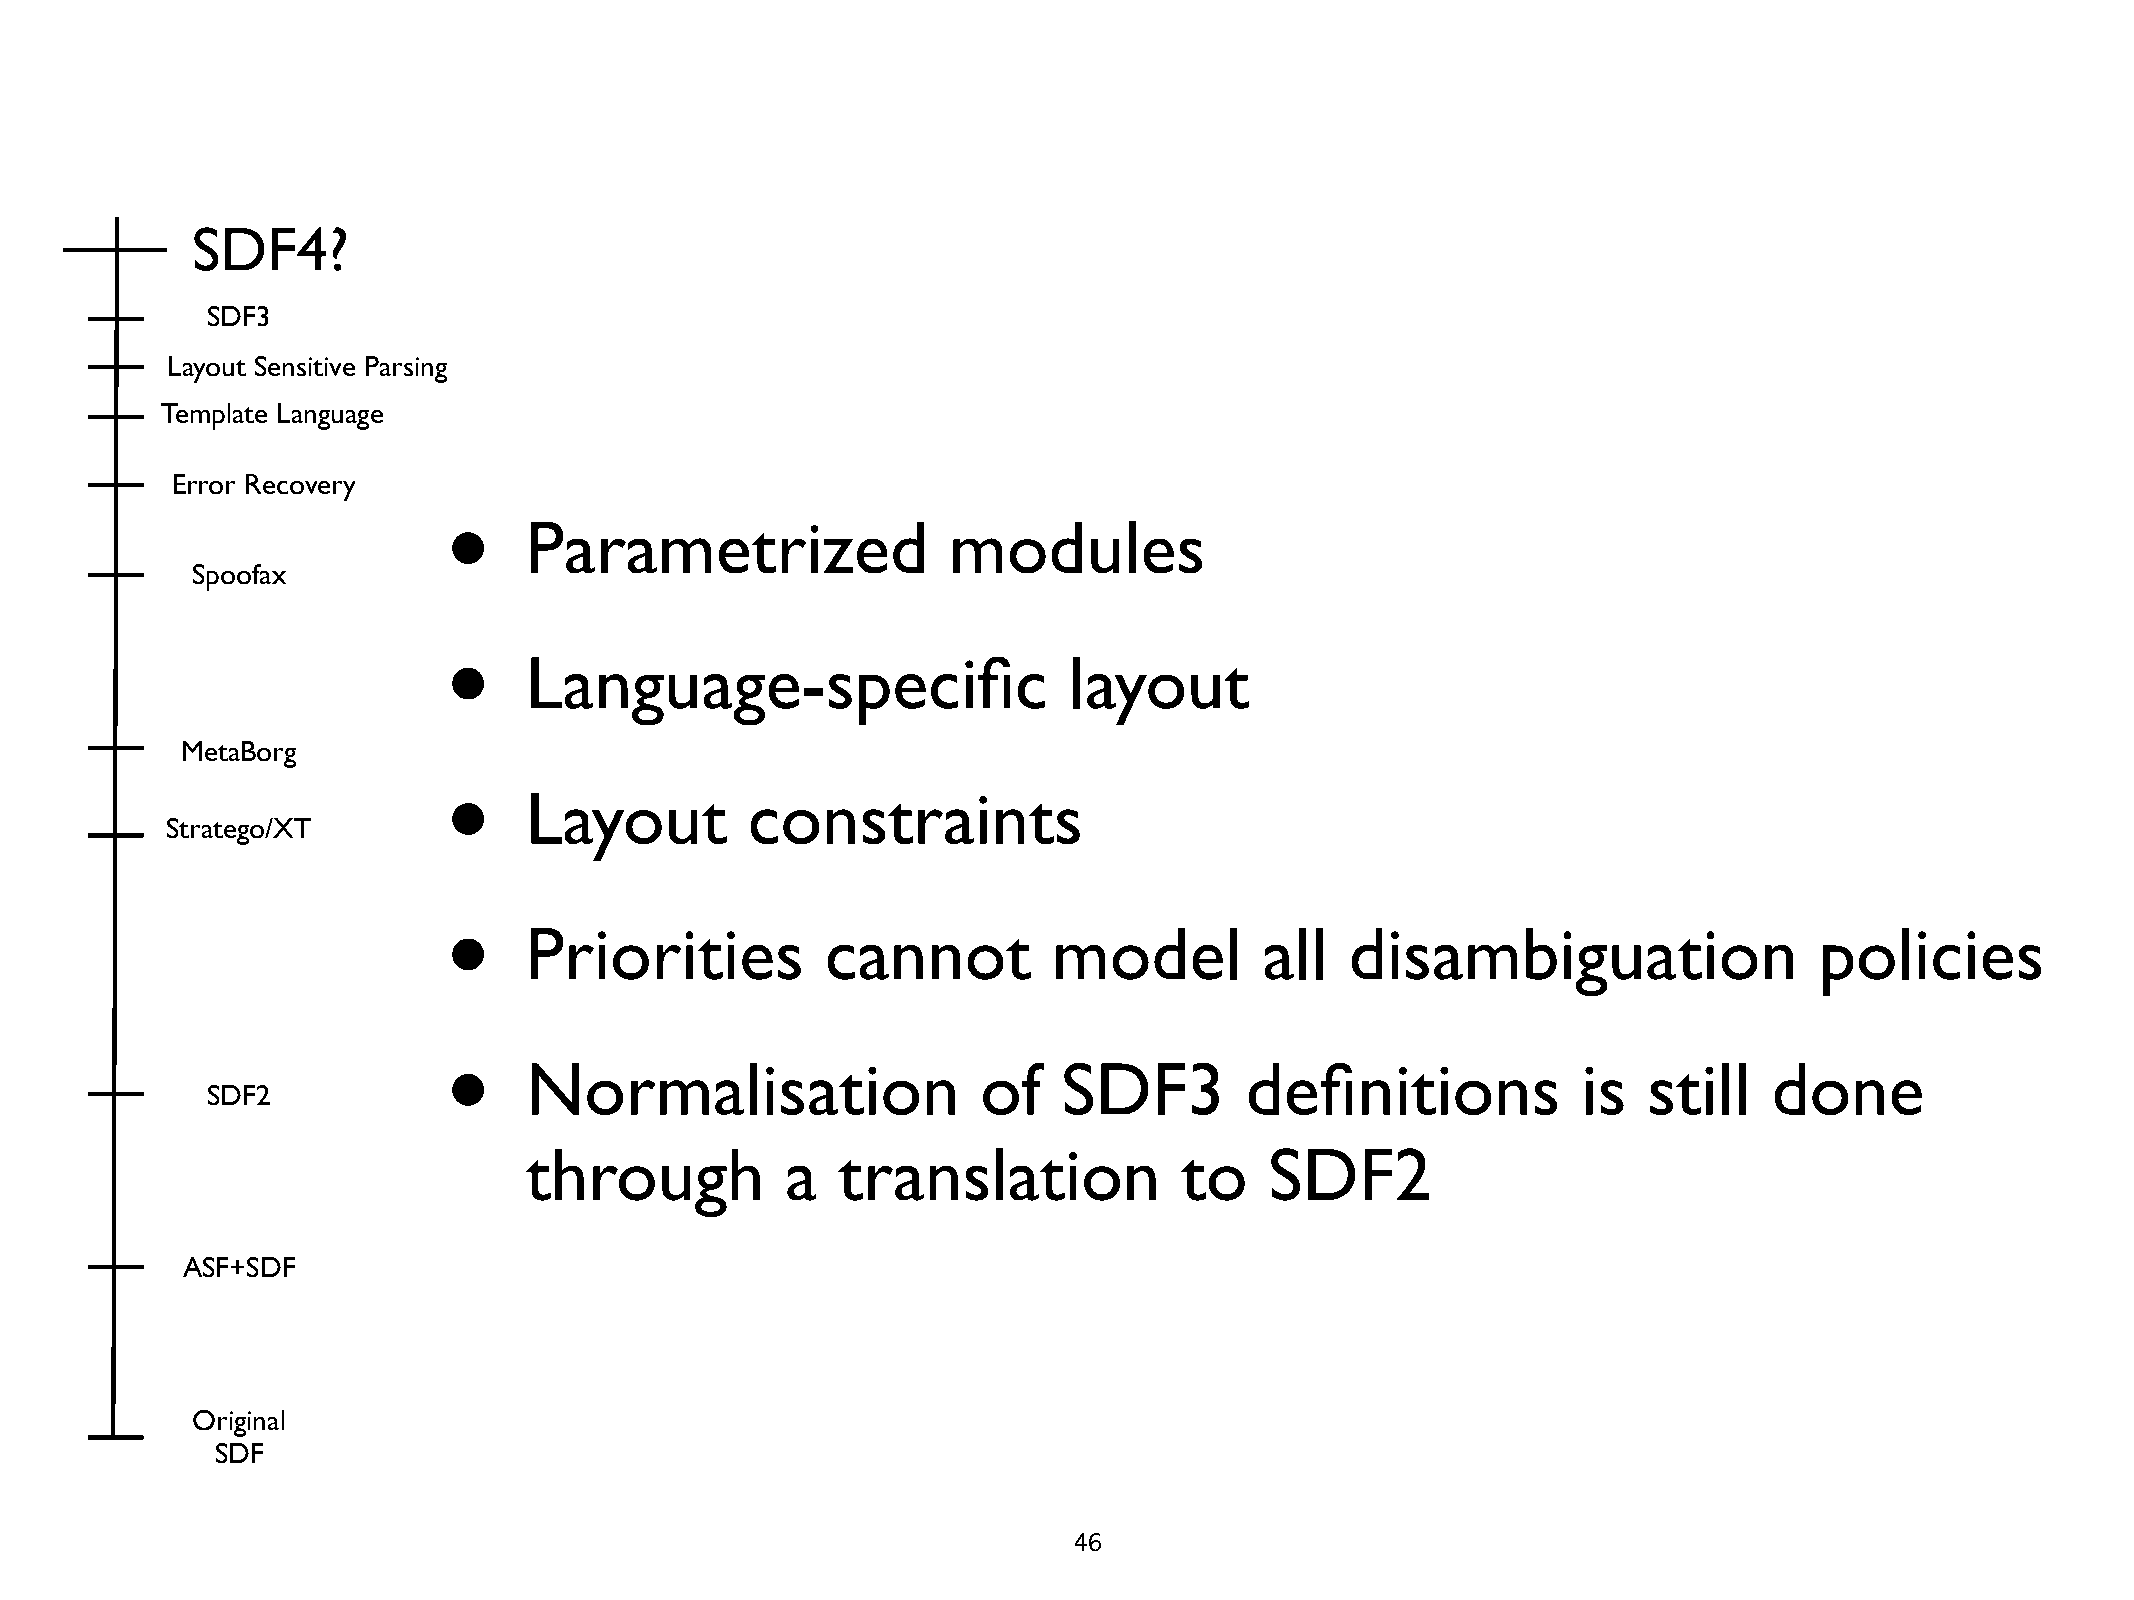
SDF4?
 SDF3
 Layout Sensitive Parsing
 Template Language
 Error Recovery
 •
 Parametrized                modules
 Spoofax
 •
 Language-specific                   layout
 MetaBorg
 •
 Layout        constraints
 Stratego/XT
 •
 Priorities          cannot         model         all  disambiguation                 policies
 •
 Normalisation                 of   SDF3        definitions            is  still   done
 SDF2
 through          a  translation            to    SDF2
 ASF+SDF
 Original
 SDF
 46